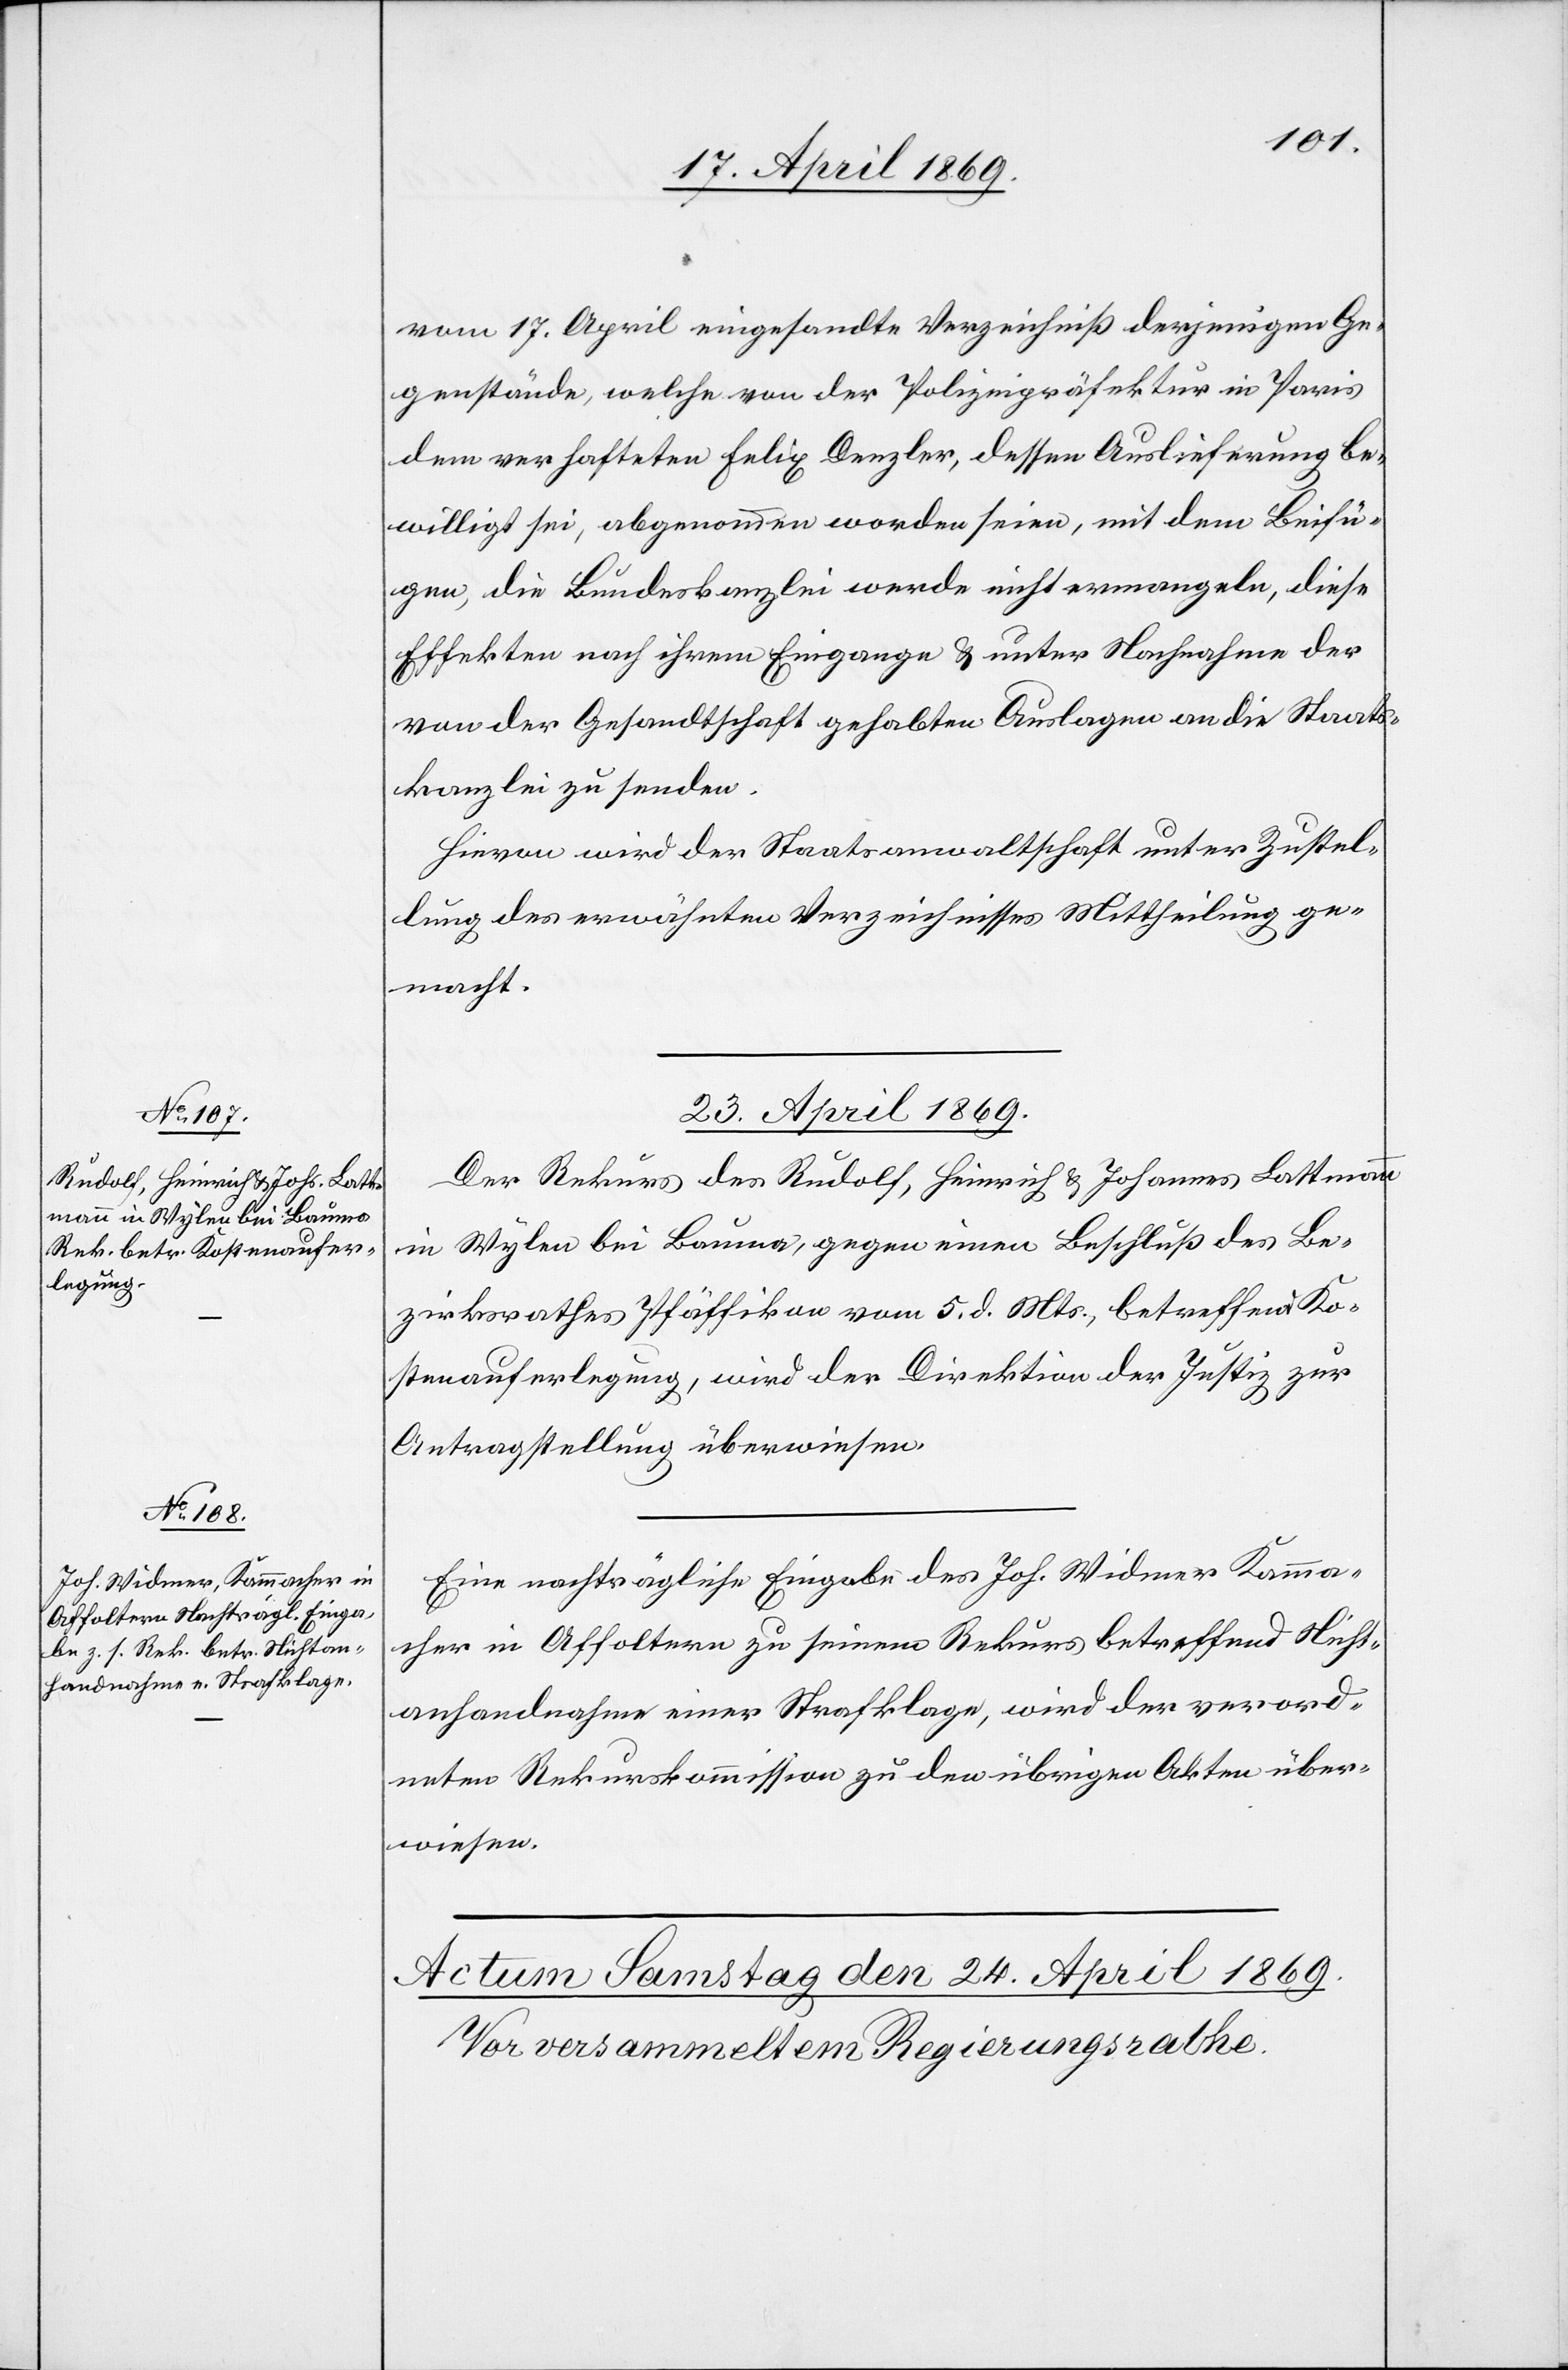
vom 17. April eingesandte Verzeichniß derjenigen Ge¬
genstände, welche von der Polizeipräfektur in Paris
dem verhafteten Felix Denzler, dessen Auslieferung be¬
willigt sei, abgenommen worden seien, mit dem Beifü¬
gen, die Bundeskanzlei werde nicht ermangeln, diese
Effekten nach ihrem Eingange u. unter Nachnahme der
von der Gesandtschaft gehabten Auslagen an die Staats¬
kanzlei zu senden.
Hievon wird der Staatsanwaltschaft unter Zustel¬
lung des erwähnten Verzeichnisses Mittheilung ge¬
macht.
23. April 1869.]
Der Rekurs des Rudolf, Heinrich u. Johannes Lattmann
in Wylen bei Bauma, gegen einen Beschluß des Be¬
zirksrathes Pfäffikon vom 5. d. Mts., betreffend Ko¬
stenauferlegung, wird der Direktion der Justiz zur
Antragstellung überwiesen.
Eine nachträgliche Eingabe des Joh. Widmer Kamma¬
cher in Affoltern zu seinem Rekurs betreffend Nicht¬
anhandnahme einer Strafklage, wird der verord¬
neten Rekurskommission zu den übrigen Akten über¬
wiesen.